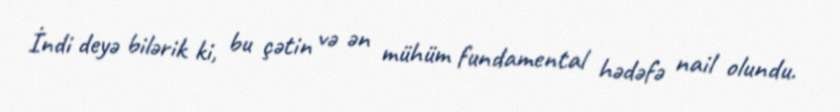
İndi deyə bilərik ki, bu çətin və ən mühüm fundamental hədəfə nail olundu.